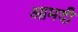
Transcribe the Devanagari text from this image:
आमदी